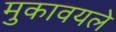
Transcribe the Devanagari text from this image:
मुकावयले